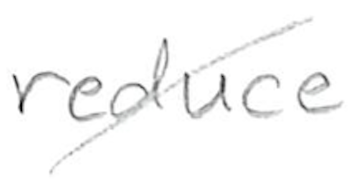
Text: reduce
Cross-out: mix
Writing tool: pencil